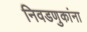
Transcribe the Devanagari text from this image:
निवडणुकांना